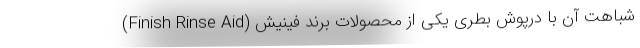
شباهت آن با درپوش بطری یکی از محصولات برند فینیش (Finish Rinse Aid)